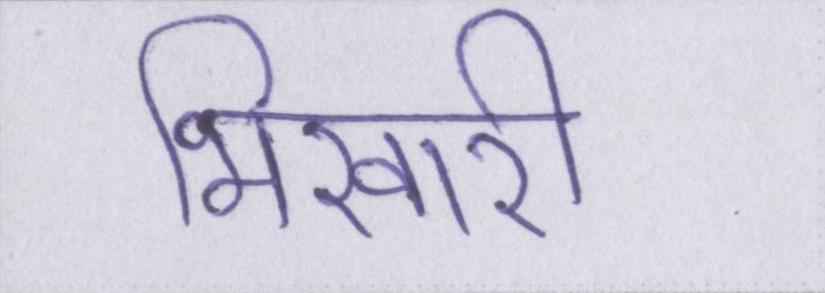
भिखारी